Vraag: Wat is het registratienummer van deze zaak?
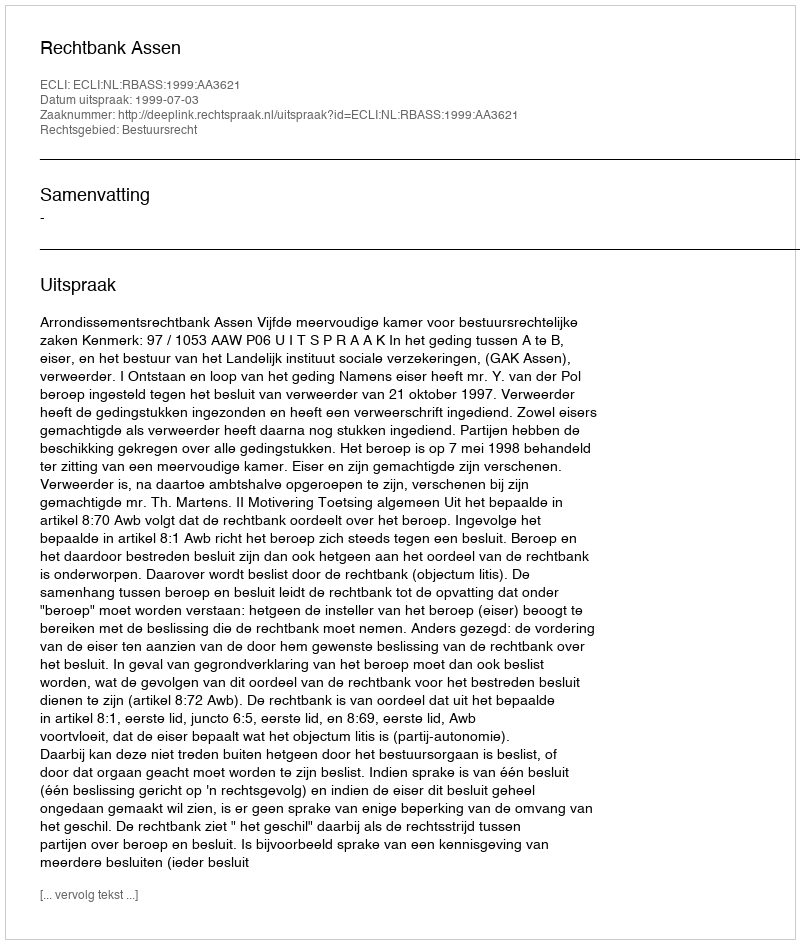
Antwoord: http://deeplink.rechtspraak.nl/uitspraak?id=ECLI:NL:RBASS:1999:AA3621